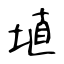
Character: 埴